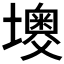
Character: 𡒠